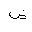
Letter: _dad